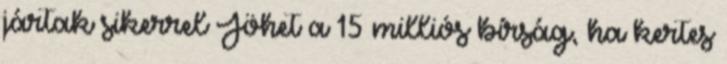
jártak sikerrel Jöhet a 15 milliós bírság, ha kertes